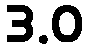
3.0